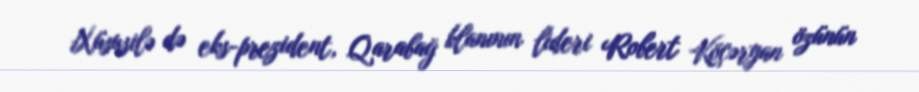
Xüsusilə də eks-prezident, Qarabağ klanının lideri Robert Köçəryan özünün